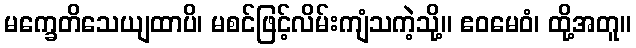
မက္ခေတိသေယျထာပိ၊ မစင်ဖြင့်လိမ်းကျံသကဲ့သို့။ ဧဝမေဝံ၊ ထို့အတူ။